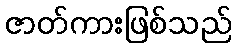
ဇာတ်ကားဖြစ်သည်